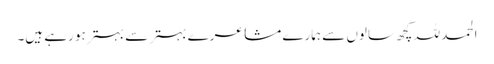
الحمد للہ کچھ سالوں سے ہمارے مشاعرے بہتر سے بہتر ہو رہے ہیں۔